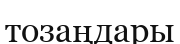
тозаңдары